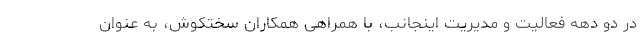
در دو دهه فعالیت و مدیریت اینجانب، با همراهی همکاران سختکوش، به عنوان